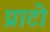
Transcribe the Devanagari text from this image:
प्राटो